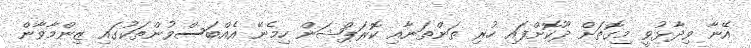
އޭނާ ވިދާޅުވީ މިގޮތަށް ދޫކޮށްފައި ހުރި ތަންތަނާއި ކޮރަޕްޝަން ހިމެނޭ އެއްބަސްވުންތަކުގައި ޒިންމާވާން